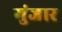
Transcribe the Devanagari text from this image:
गुंजार